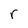
Character: r